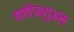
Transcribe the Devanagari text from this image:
कांटिन्युअस